Bréfritari: Jakobína Jónsdóttir
Viðtakandi: Sólveig Jónsdóttir
Dagsetning: A-1879-05-06
Skrifað á: Bessastöðum  Gull.
systir bréfviðtakanda

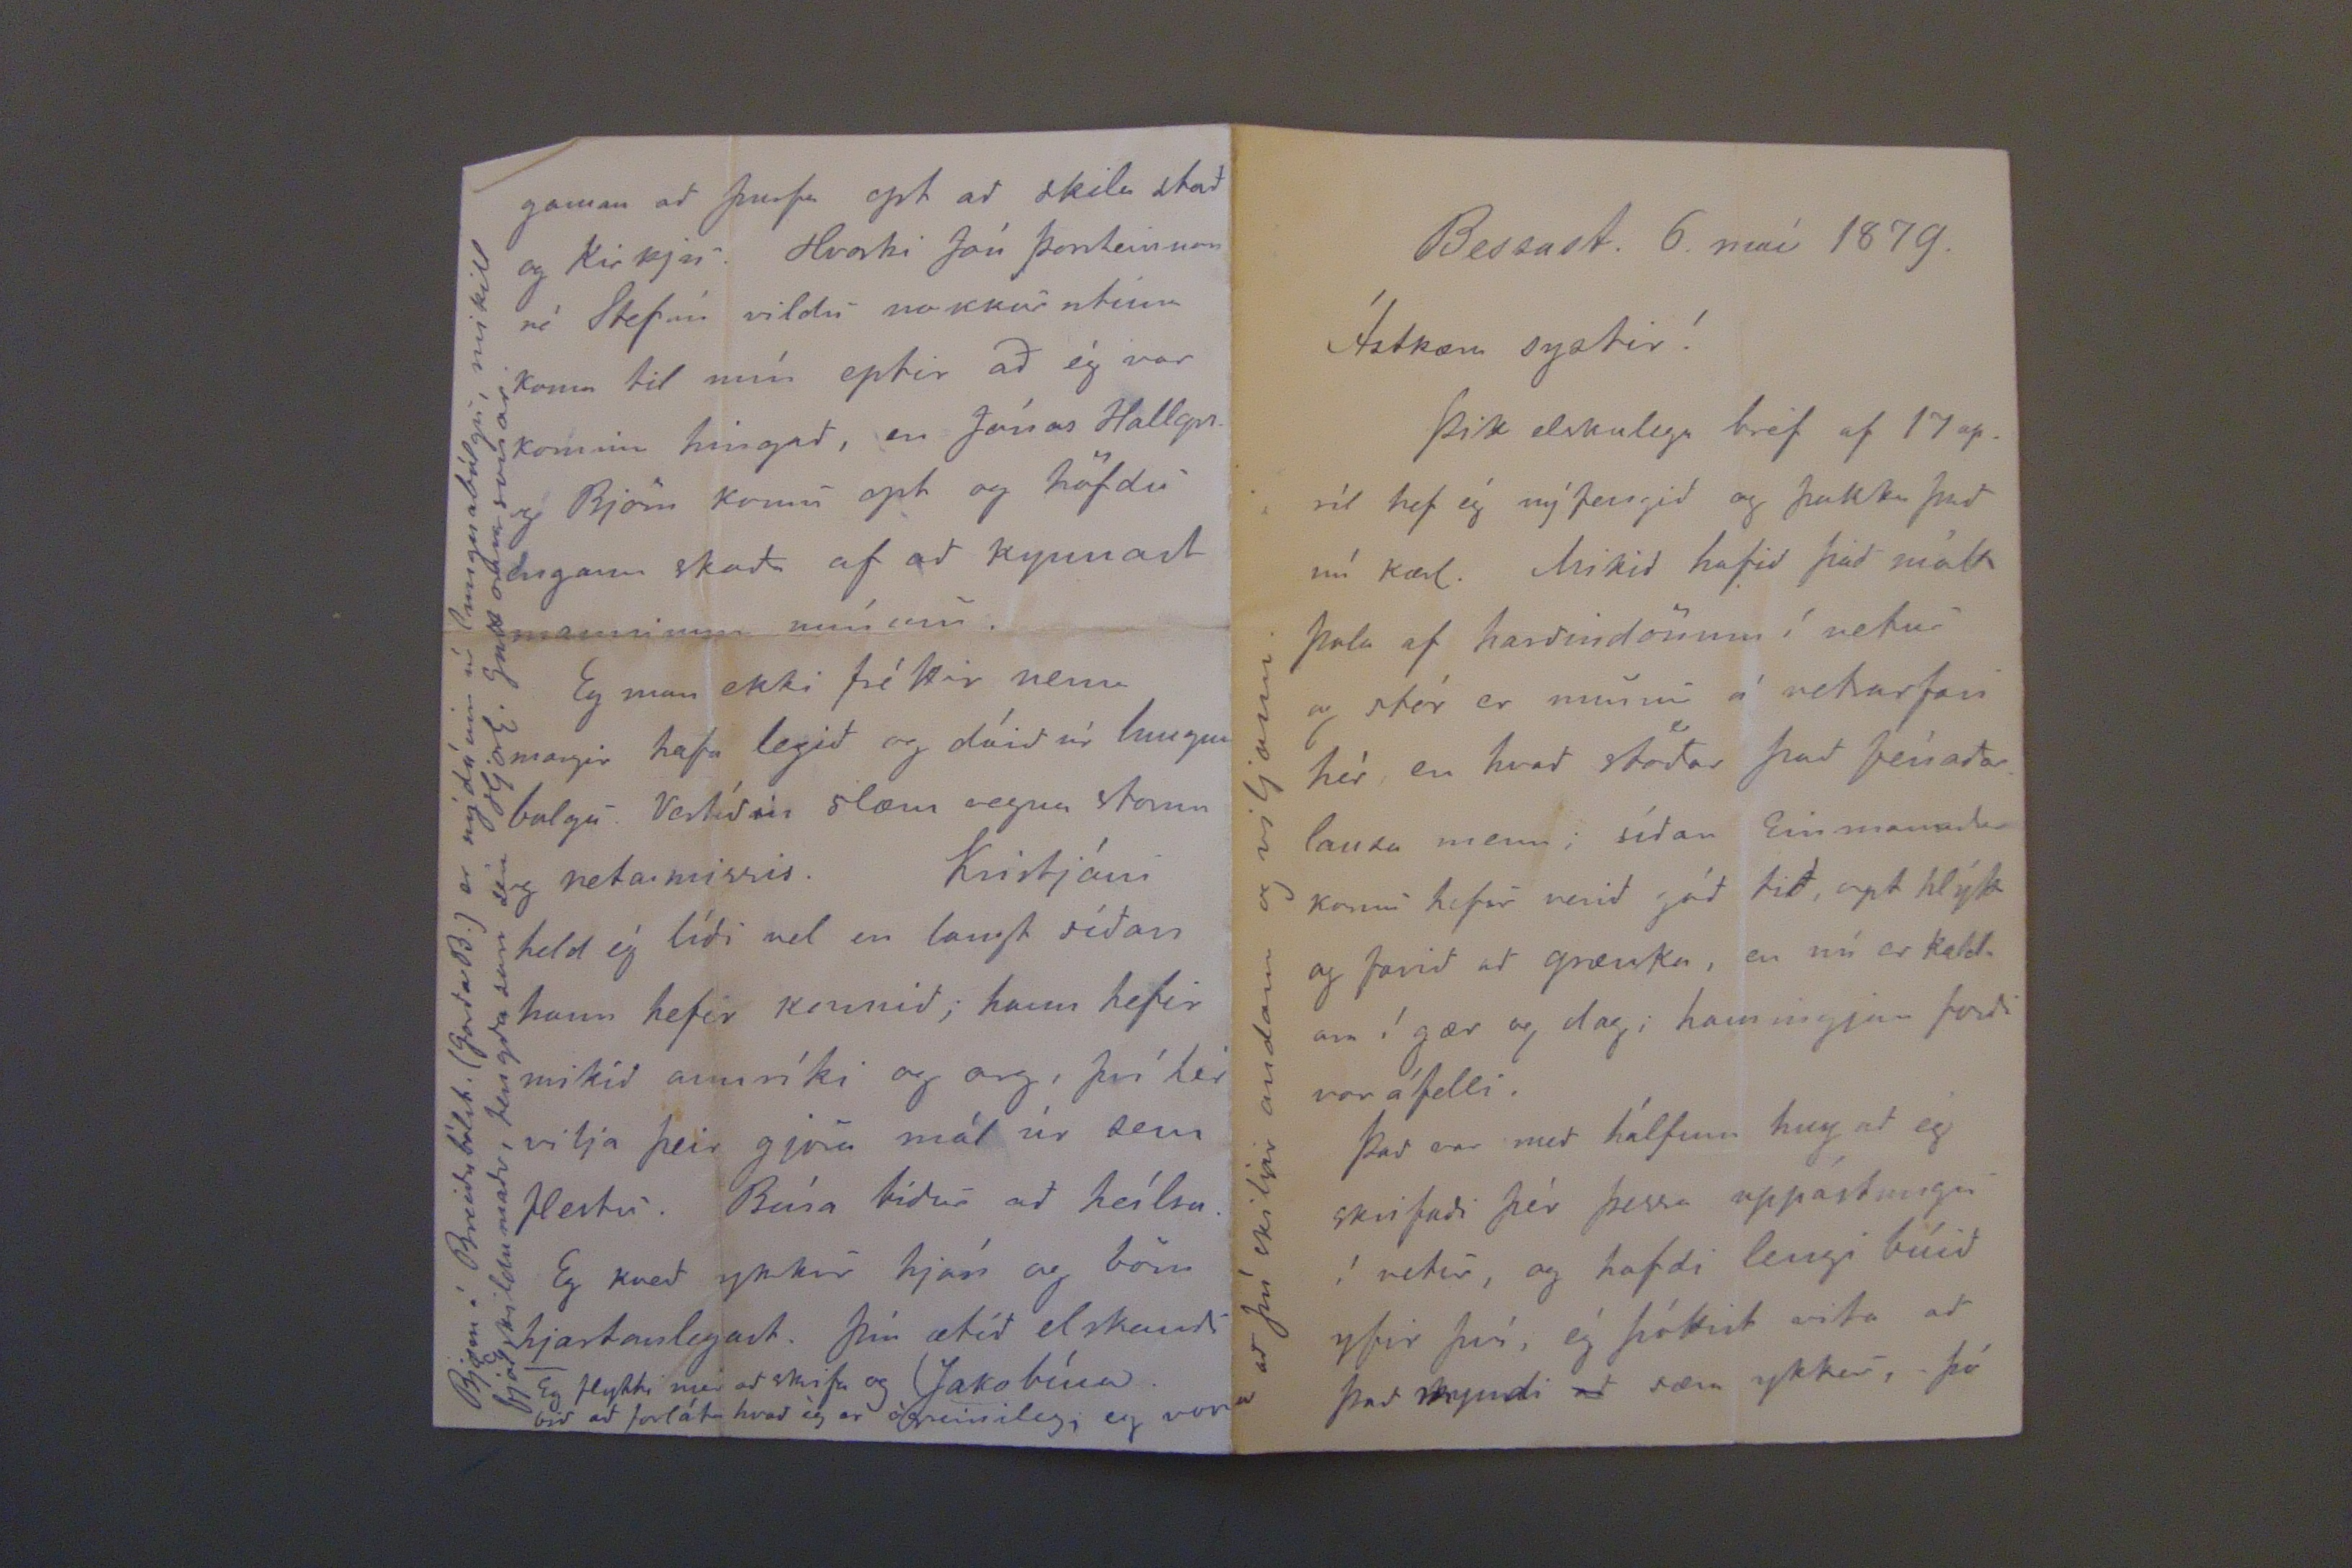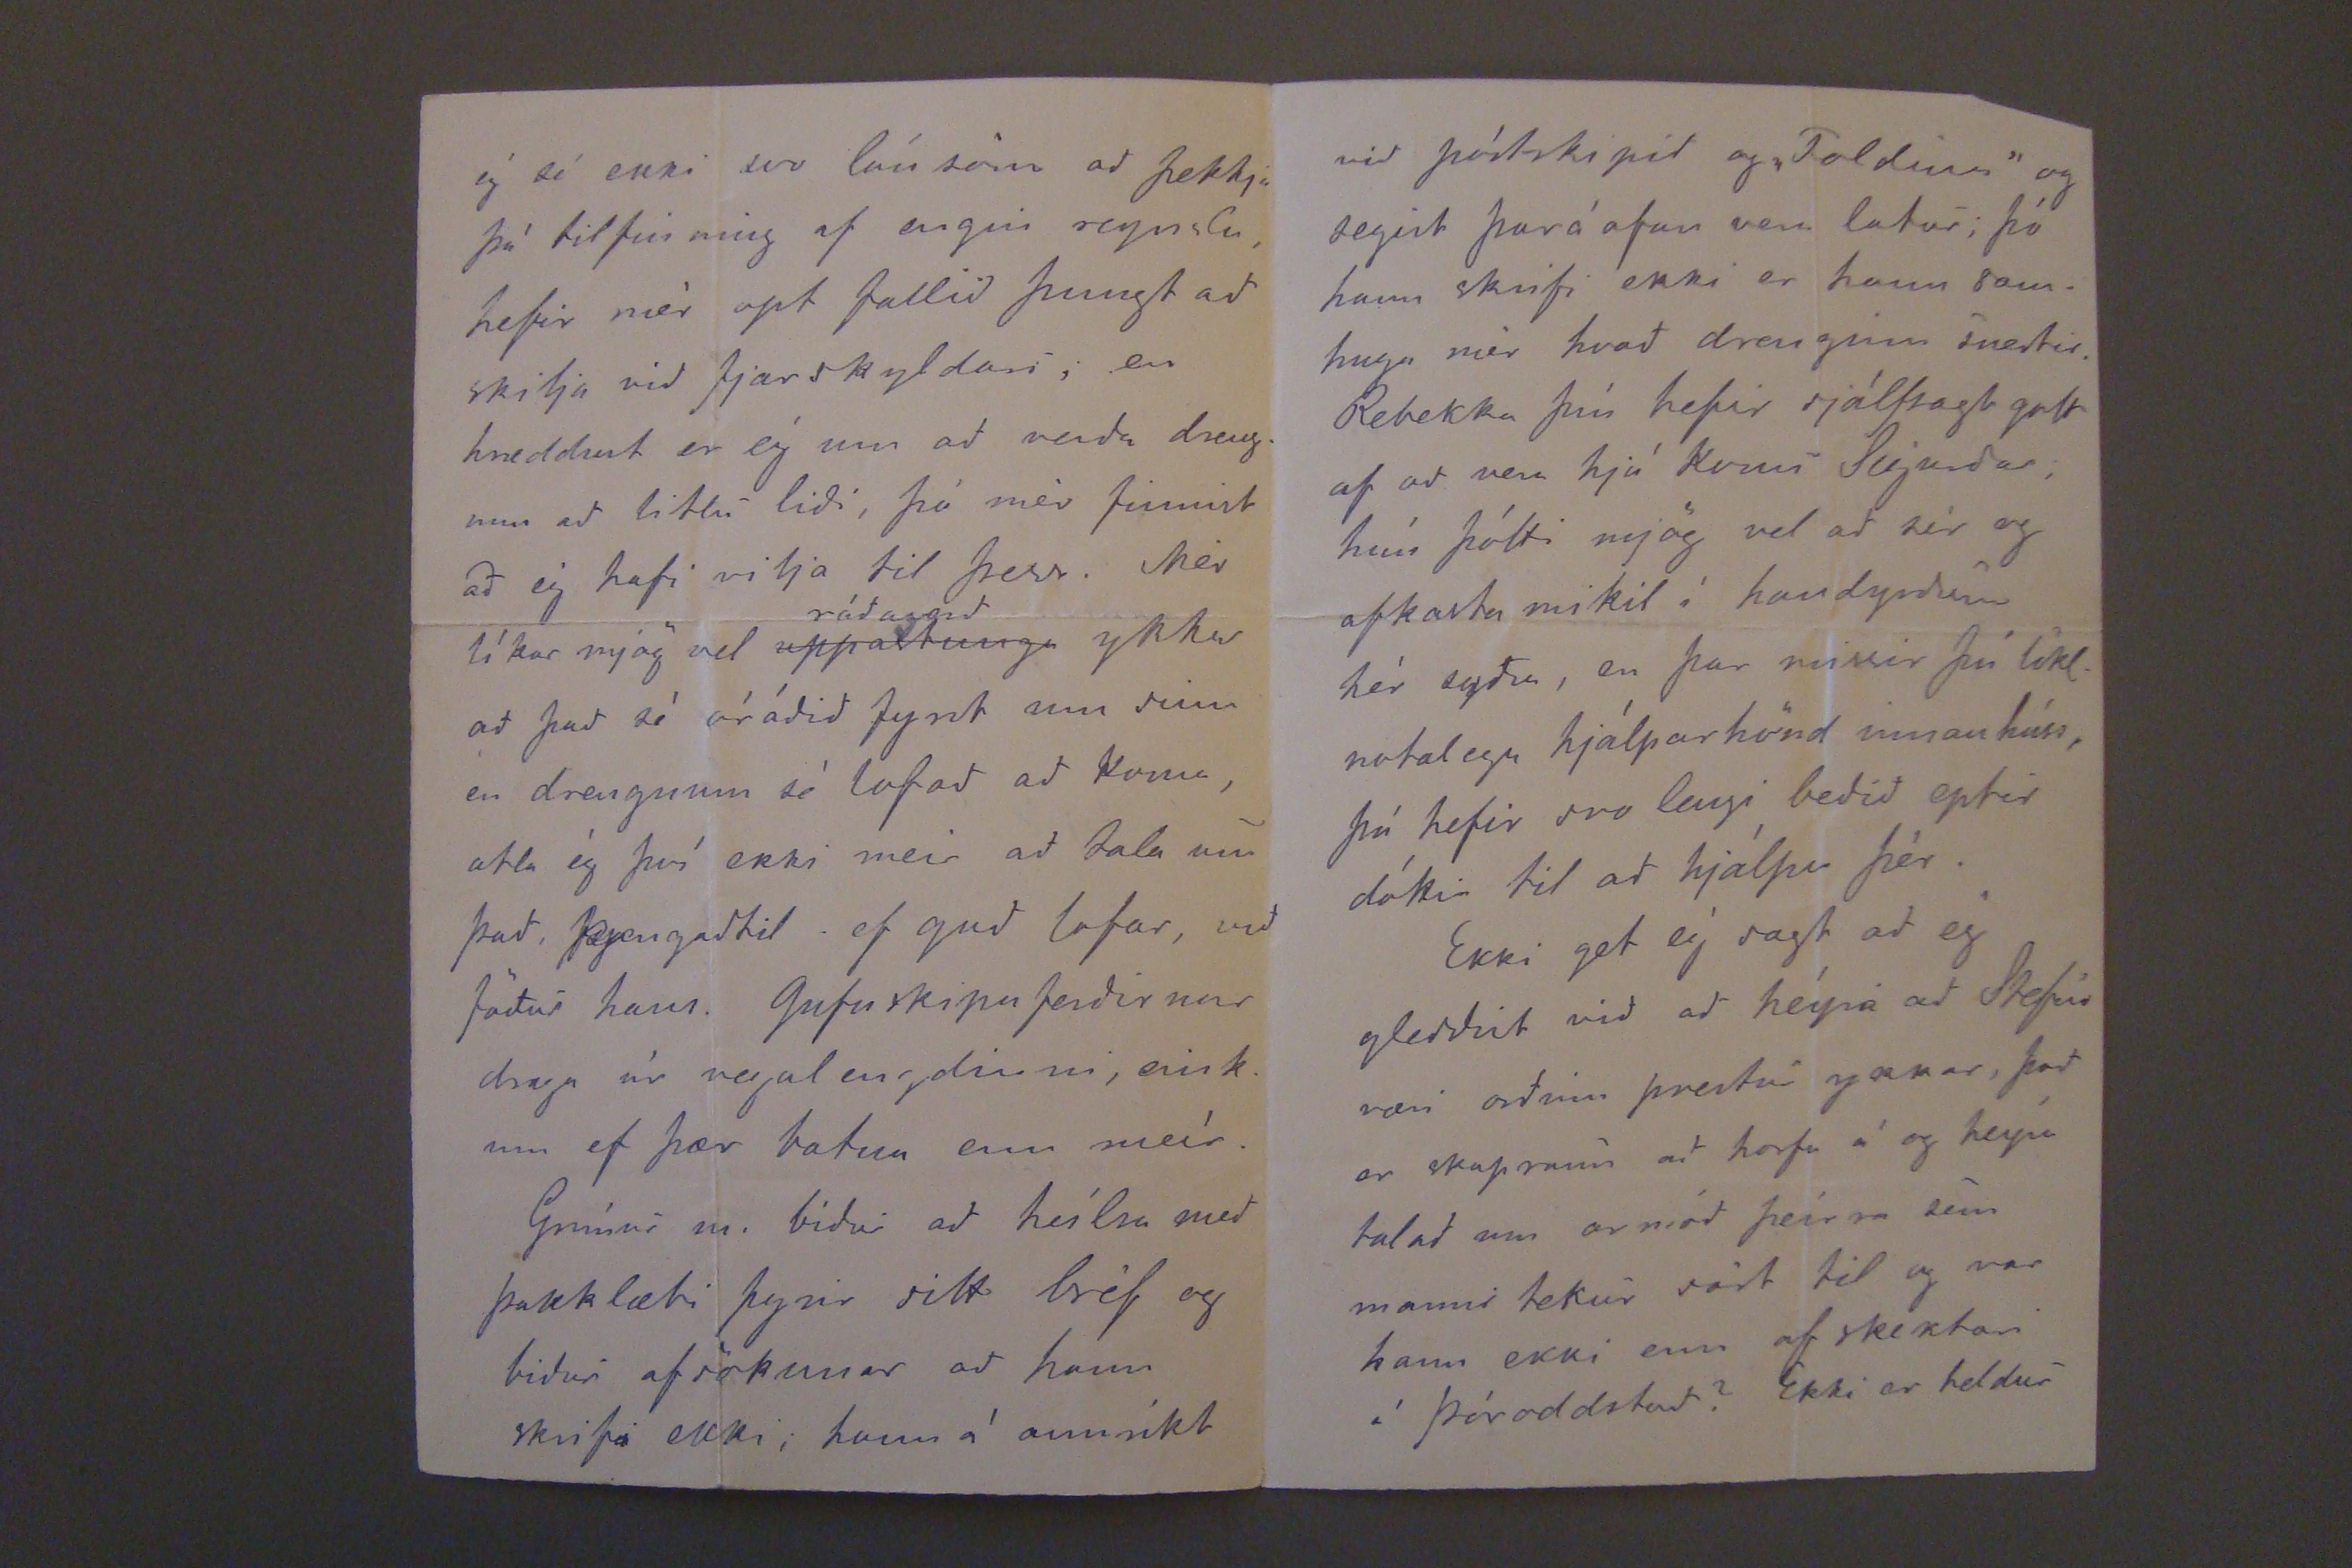

Bessast. 6. maí 1879.
Ástkæra systir!
Þitt elskulega bréf af 17 apríl hef ég nýfengid og þakka þad nú kærl. Mikid hafid þad mátt þola af hardindönum í vetur og stór er munur á vetrarfari hér en hvad stödar þad fénadar lauta menn; sídan Einmannadar komi hefir verid gód tid, opt hlýtt og farid ad grænka, en nú er kaldara í gær og dag; hamingjan færdi vor áfelli.
Þad er med hálfum hug ad eg skrifadi þér þessa uppástungu í vetur, og hafdi lengi búid yfir því, ég þóttist vita ad þad myndi
ad
særa ykkur, þó
ég sé ekki svo lánsöm ad þekkja þá tilfinning af ungri reynslu, hefir mér opt fallid þungt ad skilja vid fjarskyldari, en hræddust er ég um ad verda drengnum ad litlu lidi, þó mér finnist ad ég hafi vilija til þess. Mér líkar mjög vel
uppastungu
rádagerd
ykkar ad þad sé órádid fyrst um sinn en drengnum sé lofad ad koma, ætla ég því ekki meir ad tala um þad, þangadtil ef gud lofa, vid födur hans. Gufuskipsferdirnar draga úr vegalengdinni, einkum ef þær batna enn meír.
Grímur m. bidur ad heílsa med þakklæti fyrir sitt bréf og bidur afsökunar ad hann skrifi ekki, hann á annríkt
gaman ad þurfa opt ad skila stad og Kirkju. Hvorki Jón Þorsteinson né Stefán vildu nokkurntíma koma til mín eptir ad ég var komin hingad, en Jónas Hallgr. og Björn komu opt og höfdu engann skada af ad kynnast manninum mínum.
Eg man ekki fréttir nema margir hafa legid og dáid úr lungnabolgu. Vertídin slæm vegna storm og netamissir. Kristjáni held ég lídi vel en langt sídan hann hefir komid; hann hefir mikid annríki og arg, því hér vilja þeir gjöra mál úr sem flestu. Bína bidur ad heílsa. Eg kved ykkur hjón og börn hjartanlegast. Þín ætíd elskandi
Jakóbína.
Eg flytti mér ad skrifa og bid ad forláta hvad ég er ógreinileg, eg vona ad þú skiljir andann og viljann.
Bjorn í Breidubólst. (GardaB.) er nýdáinn úr lungnabólgu, mikill fjölskildumadr, engdason séra Hjorl. Guttormssonar.
vid póstskipid og "Foldina" og segist þar á ofan vera latur; þó hann skrifi ekki er hann samhuga mér hvad drenginn snertir. Rebekka þín hefir sjálfsagt gott af ad vera hjá konu Sigurdar, hún þótti mjög vel ad sér og afkasta mikil í handyrdum hér sydra, en þar missir þú líkl. notalega hjálparhönd innanhhúss, þú hefir svo lengi bedid eptir dóttir til ad hjálpa þér.
Ekki get ég sagt ad ég gledist vid ad heýra ad Stefán væri ordinn prestur ykkar, þad er skapraun ad horfa á og heýra talad um annad þeírra sem manni tekur sárt til og var hann ekki enn af skektari í Þóroddstad Ekki er heldur